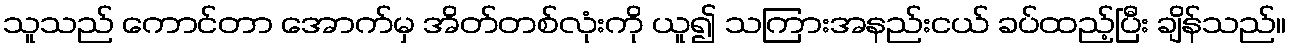
သူသည် ကောင်တာ အောက်မှ အိတ်တစ်လုံးကို ယူ၍ သကြားအနည်းငယ် ခပ်ထည့်ပြီး ချိန်သည်။